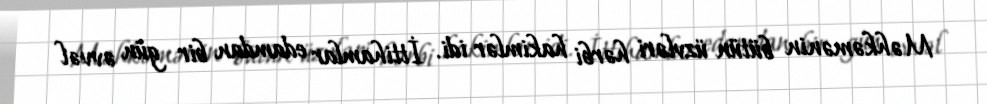
Məhkəmənin bütün üzvləri hərbi hakimlər idi. İttihamlar edamdan bir gün əvvəl